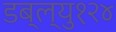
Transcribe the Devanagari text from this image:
डब्ल्यु१२४